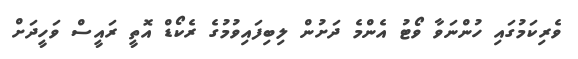
ވެރިކަމުގައި ހުންނަވާ ވޯޓު އެންމެ ދަށުން ލިބިފައިވުމުގެ ރެކޯޑް އޮތީ ރައީސް ވަހީދަށް